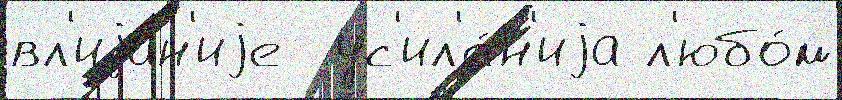
вл'иjа́н'иjе  ус'ил'е́н'иjа л'юбо́м